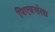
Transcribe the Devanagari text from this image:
पिएत्रसंता